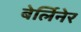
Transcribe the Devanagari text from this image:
बेर्लिनेर